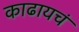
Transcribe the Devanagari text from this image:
काढायचं